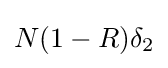
N(1-R)\delta _{2}